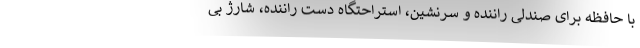
با حافظه برای صندلی راننده و سرنشین، استراحتگاه دست راننده، شارژ بی